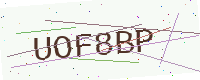
Text: UOF8BP